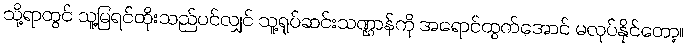
သို့ရာတွင် သူ့မြရင်ထိုးသည်ပင်လျှင် သူ့ရုပ်ဆင်းသဏ္ဌာန်ကို အရောင်ထွက်အောင် မလုပ်နိုင်တော့။